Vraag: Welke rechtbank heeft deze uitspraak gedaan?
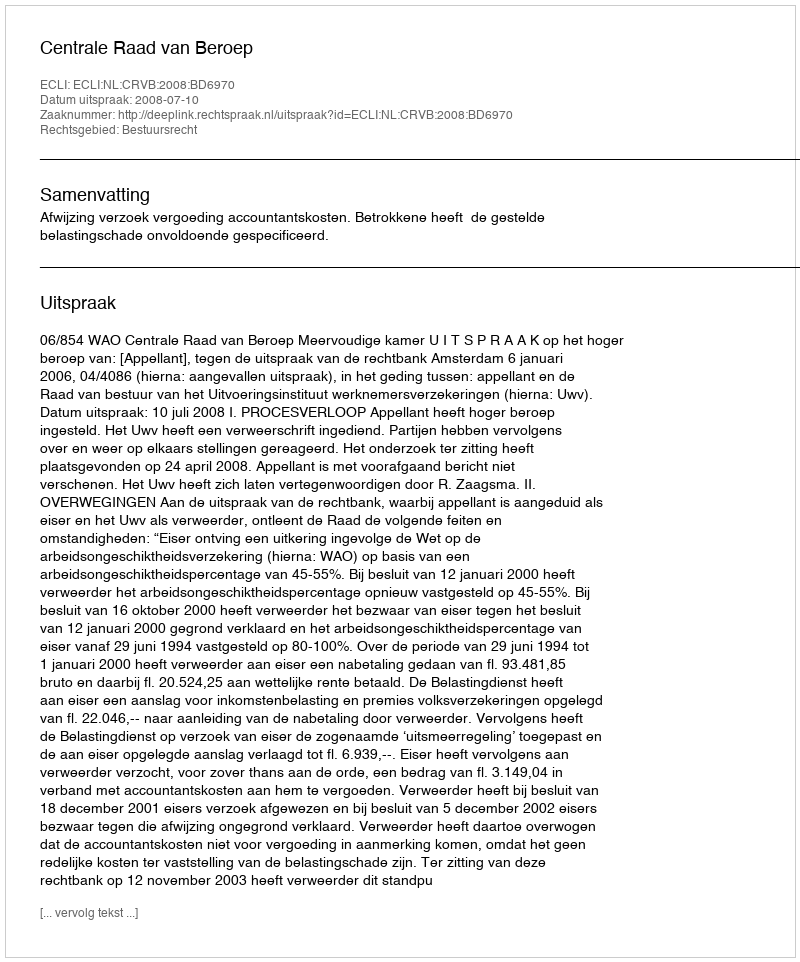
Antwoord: Centrale Raad van Beroep